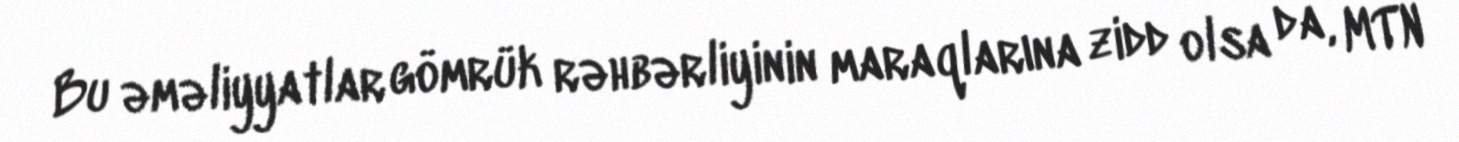
Bu əməliyyatlar gömrük rəhbərliyinin maraqlarına zidd olsa da, MTN